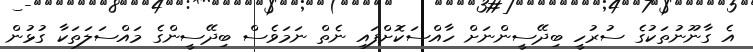
އެ ގާނޫނުތަކުގެ ސުރުހީ ބިދޭސީންނަށް ހާއްސަކޮށްފައި ނެތް ނަމަވެސް ބިދޭސީންގެ މައްސަލަތަކާ ގުޅުން